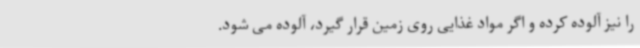
را نیز آلوده کرده و اگر مواد غذایی روی زمین قرار گیرد، آلوده می شود.